Jaan_Tonisson_(Lasteleht), lk 424
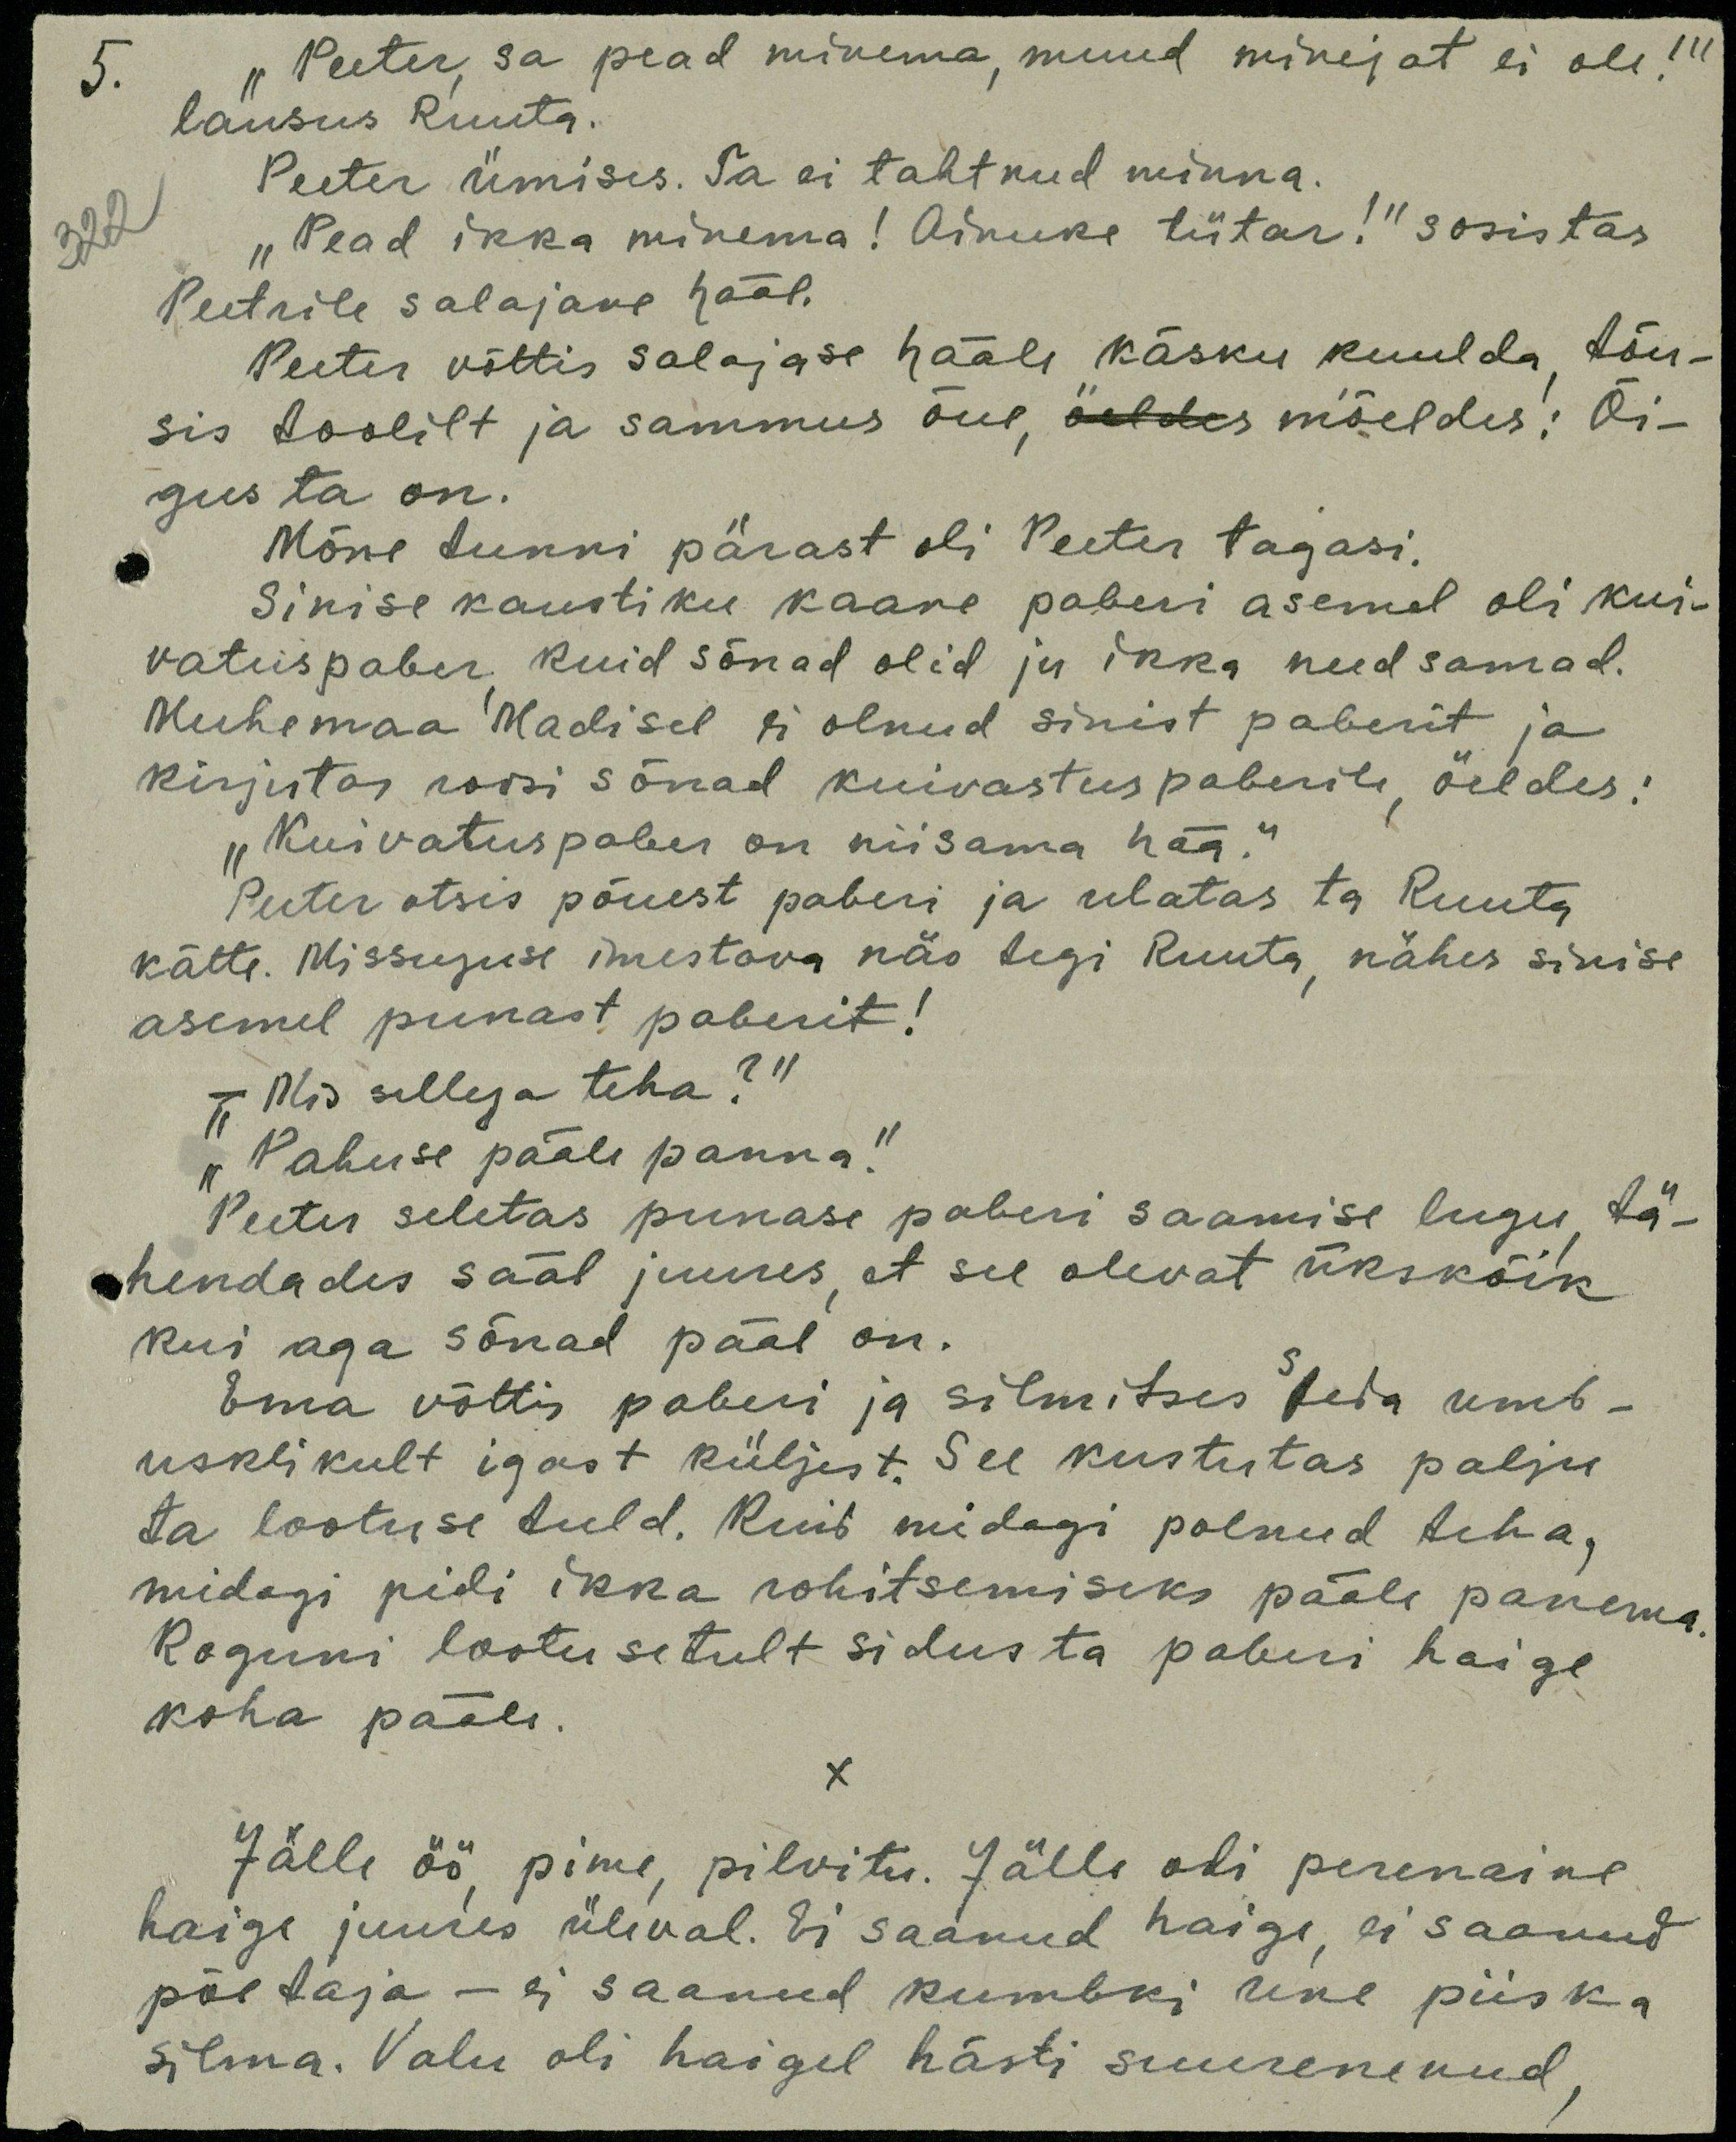
5.
"Peeter, sa pead minema, muud minejat ei ole!"
lausus Ruuta.
Peeter ümises. Ta ei tahtnud minna.
322
"Pead ikka minema! Ainuke tütar!" sosistas
Peetrile salajane hääl.
Peeter võttis salajase hääle käsku kuulda, tõu-
sis toolilt ja sammus õue mõeldes: Õi-
gus ta on.
Mõne tunni pärast oli Peeter tagasi.
Sinise kaustiku kaare paberi asemel oli kui-
vatuspaber kuid sõnad olid ju ikka need samad.
Muhemaa Madisel ei olnud sinist paberit ja
kirjutas roosi sõnad kuivastuspaberile, öeldes:
"Kuivatuspaber on niisama hää."
Peeter otsis põuest paberi ja ulatas ta Ruuta
kätte. Missuguse imestava näo tegi Ruuta, nähes sinise
asemel punast paberit!
"Mis sellega teha?"
„Pahuse pääle panna,“
Peeter seletas punase paberi saamise lugu tä-
hendades sääl juures, et see olevat ükskõik
kui aga sõnad pääl on.
Ema võttis paberi ja silmitses teda umb-
usklikult igast küljest. See kustutas palju
ta lootuse tuld. Kuid midagi polnud teha,
midagi pidi ikka rohitsemiseks pääle panema.
Koguni lootusetult sidus ta paberi haige
koha pääle.
X
Jälle öö, pime, pilvitu. Jälle oli perenaine
haige juures üleval. Ei saanud haige, ei saanud
põetaja - ei saanud kumbki une piiska
silma. Valu oli haigel hästi suurenenud,